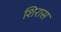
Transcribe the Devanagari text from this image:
शिरास